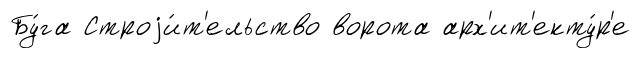
Бу́га Строjи́т'ельство ворота арх'ит'екту́р'е